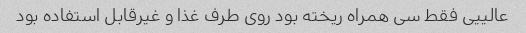
عالییی فقط سی همراه ریخته بود روی طرف غذا و غیر‌قابل استفاده بود